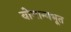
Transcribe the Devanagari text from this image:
योगान्गभूत